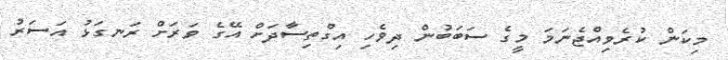
މިކަން ކުރެވިއްޖެނަމަ މީގެ ސަބަބުން ދިވެހި އިގްތިސާދަށް އޭގެ ވަރަށް ރަނގަޅު އަސަރު